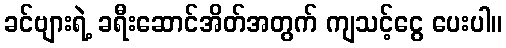
ခင်ဗျားရဲ့ ခရီးဆောင်အိတ်အတွက် ကျသင့်ငွေ ပေးပါ။